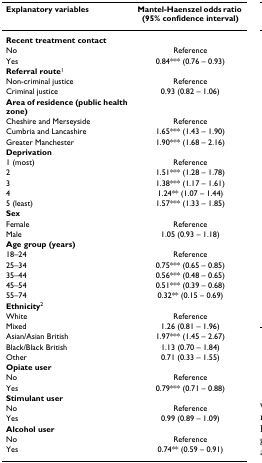
| Explanatory variables | Mantel-Haenszel odds ratio (95% confidence interval) |
 | --- | --- |
 | Recent treatment contact |  |
 | No | Reference |
 | Yes | 0.84*** (0.76 – 0.93) |
 | Referral route1 |  |
 | Non-criminal justice | Reference |
 | Criminal justice | 0.93 (0.82 – 1.06) |
 | Area of residence (public health zone) |  |
 | Cheshire and Merseyside | Reference |
 | Cumbria and Lancashire | 1.65*** (1.43 – 1.90) |
 | Greater Manchester | 1.90*** (1.68 – 2.16) |
 | Deprivation |  |
 | 1 (most) | Reference |
 | 2 | 1.51*** (1.28 – 1.78) |
 | 3 | 1.38*** (1.17 – 1.61) |
 | 4 | 1.24** (1.07 – 1.44) |
 | 5 (least) | 1.57*** (1.33 – 1.85) |
 | Sex |  |
 | Female | Reference |
 | Male | 1.05 (0.93 – 1.18) |
 | Age group (years) |  |
 | 18–24 | Reference |
 | 25–34 | 0.75*** (0.65 – 0.85) |
 | 35–44 | 0.56*** (0.48 – 0.65) |
 | 45–54 | 0.51*** (0.39 – 0.68) |
 | 55–74 | 0.32** (0.15 – 0.69) |
 | Ethnicity2 |  |
 | White | Reference |
 | Mixed | 1.26 (0.81 – 1.96) |
 | Asian/Asian British | 1.97*** (1.45 – 2.67) |
 | Black/Black British | 1.13 (0.70 – 1.84) |
 | Other | 0.71 (0.33 – 1.55) |
 | Opiate user |  |
 | No | Reference |
 | Yes | 0.79*** (0.71 – 0.88) |
 | Stimulant user |  |
 | No | Reference |
 | Yes | 0.99 (0.89 – 1.09) |
 | Alcohol user |  |
 | No | Reference |
 | Yes | 0.74** (0.59 – 0.91) |